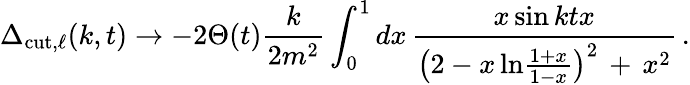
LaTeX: \Delta_{\mathrm{cut},\ell}(k,t)\rightarrow-2\Theta(t)\frac{k}{2m^{2}}\int_{0}^{1}dx\, \frac{x\sin ktx}{\left(2-x\, \mathrm{ln}\frac{1+x}{1-x}\right)^{2}\, +\, x^{2}}\, .